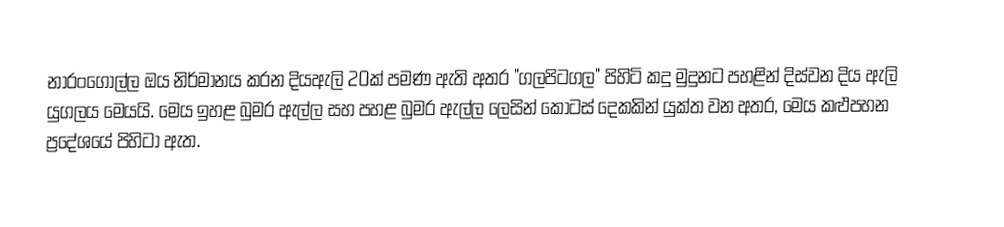
නාරංගොල්ල ඔය නිර්මානය කරන දියඇලි 20ක් පමණ ඇති අතර "ගලපිටගල" පිහිටි කදු මුදුනට පහළින් දිස්වන දිය ඇලි යුගලය මෙයයි. මෙය ඉහළ බුමර ඇල්ල සහ පහළ බුමර ඇල්ල ලෙසින් කොටස් දෙකකින් යුක්ත වන අතර, මෙය කළුපහන ප්‍රදේශයේ පිහිටා ඇත.